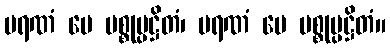
မရဏံ မေ ပစ္စုပ္ပဋ္ဌိတံ၊ မရဏံ မေ ပစ္စုပ္ပဋ္ဌိတံ။